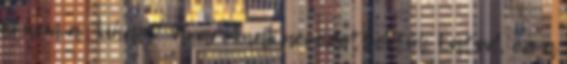
S nem a "kihalt" avaroknak nevezettektől. Látod, ez a